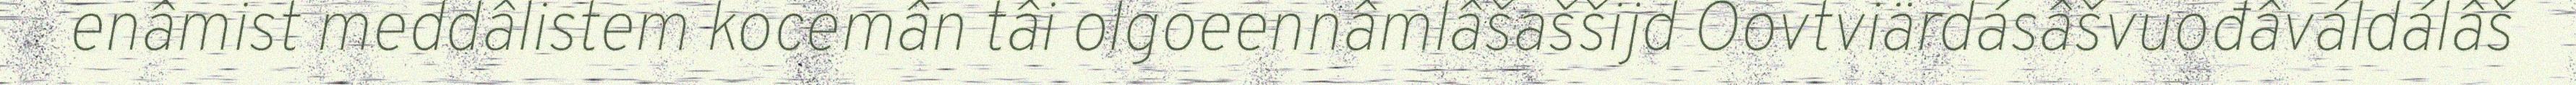
enâmist meddâlistem kocemân tâi olgoeennâmlâšaššijd Oovtviärdásâšvuođâváldálâš